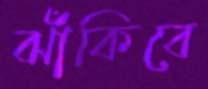
ঝাঁকিবে